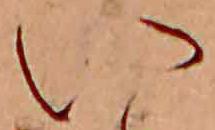
い